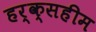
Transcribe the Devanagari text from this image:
हर्क्सहीम